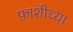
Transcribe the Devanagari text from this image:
फ़ाशीच्या